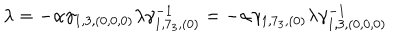
LaTeX: \lambda = - \alpha \gamma _ { 1 , 3 , ( 0 , 0 , 0 ) } \lambda \gamma _ { 1 , 7 _ { 3 } , ( 0 ) } ^ { - 1 } = - \alpha \gamma _ { 1 , 7 _ { 3 } , ( 0 ) } \lambda \gamma _ { 1 , 3 , ( 0 , 0 , 0 ) } ^ { - 1 }